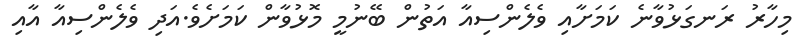
މިހާރު ރަނގަޅުވާނެ ކަމަށާއި ވެލެންސިއާ އަތުން ބޭނުމީ މޮޅުވާން ކަމަށެވެ.އަދި ވެލެންސިއާ އާއި